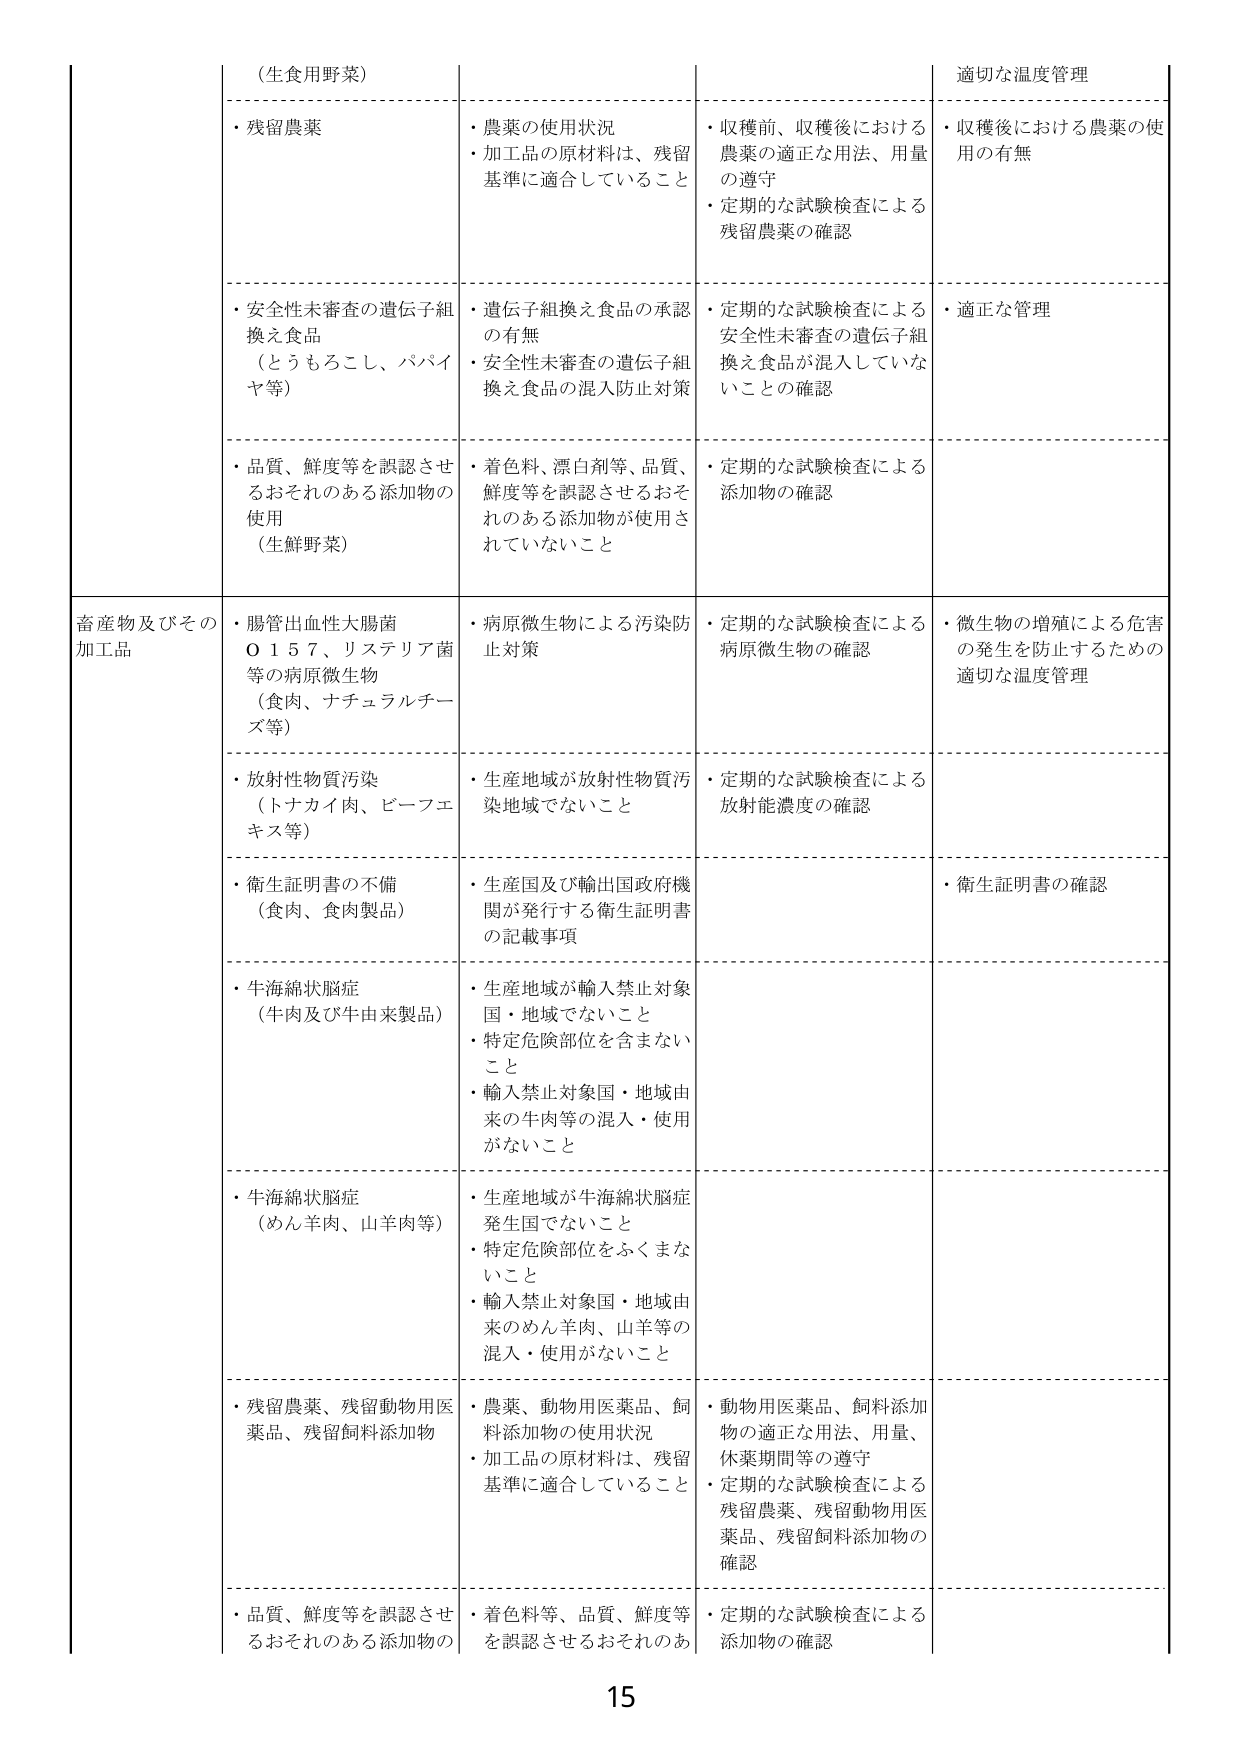
（生食用野菜）
・残留農薬
・農薬の使用状況
・加工品の原材料は、残留基準に適合していること
・収穫前、収穫後における農薬の適正な用法、用量の遵守
・定期的な試験検査による残留農薬の確認
・収穫後における農薬の使用の有無
・安全性未審査の遺伝子組換え食品（とうもろこし、パパイヤ等）
・遺伝子組換え食品の承認の有無
・安全性未審査の遺伝子組換え食品の混入防止対策
・定期的な試験検査による安全性未審査の遺伝子組換え食品が混入していないことの確認
・適正な管理
・品質、鮮度等を誤認させるおそれのある添加物の使用（生鮮野菜）
・着色料、漂白剤等、品質、鮮度等を誤認させるおそれのある添加物が使用されていないこと
・定期的な試験検査による添加物の確認

畜産物及びその加工品
・腸管出血性大腸菌Ｏ１５７、リステリア菌等の病原微生物（食肉、ナチュラルチーズ等）
・病原微生物による汚染防止対策
・定期的な試験検査による病原微生物の確認
・微生物の増殖による危害の発生を防止するための適切な温度管理
・放射性物質汚染（トナカイ肉、ビーフエキス等）
・生産地域が放射性物質汚染地域でないこと
・定期的な試験検査による放射能濃度の確認
・衛生証明書の不備（食肉、食肉製品）
・生産国及び輸出国政府機関が発行する衛生証明書の記載事項
・衛生証明書の確認
・牛海綿状脳症（牛肉及び牛由来製品）
・生産地域が輸入禁止対象国・地域でないこと
・特定危険部位を含まないこと
・輸入禁止対象国・地域由来の牛肉等の混入・使用がないこと
・牛海綿状脳症（めん羊肉、山羊肉等）
・生産地域が牛海綿状脳症発生国でないこと
・特定危険部位をふくまないこと
・輸入禁止対象国・地域由来のめん羊肉、山羊等の混入・使用がないこと
・残留農薬、残留動物用医薬品、残留飼料添加物
・農薬、動物用医薬品、飼料添加物の使用状況
・加工品の原材料は、残留基準に適合していること
・動物用医薬品、飼料添加物の適正な用法、用量、休薬期間等の遵守
・定期的な試験検査による残留農薬、残留動物用医薬品、残留飼料添加物の確認
・品質、鮮度等を誤認させるおそれのある添加物の
・着色料等、品質、鮮度等を誤認させるおそれのあ
・定期的な試験検査による添加物の確認

15